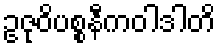
ဥဇုဝိပစ္စနီကဝါဒါတိ